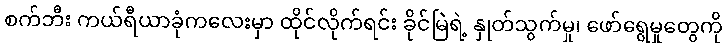
စက်ဘီး ကယ်ရီယာခုံကလေးမှာ ထိုင်လိုက်ရင်း ခိုင်မြဲရဲ့ နှုတ်သွက်မှု၊ ဖော်ရွေမှုတွေကို